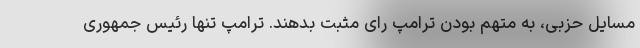
مسایل حزبی، به متهم بودن ترامپ رای مثبت بدهند. ترامپ تنها رئیس جمهوری